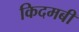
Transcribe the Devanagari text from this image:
किदमबी